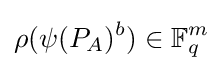
\rho (\psi (P_{A})^{b})\in \mathbb {F} _{q}^{m}